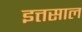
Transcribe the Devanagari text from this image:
इत्तसाल